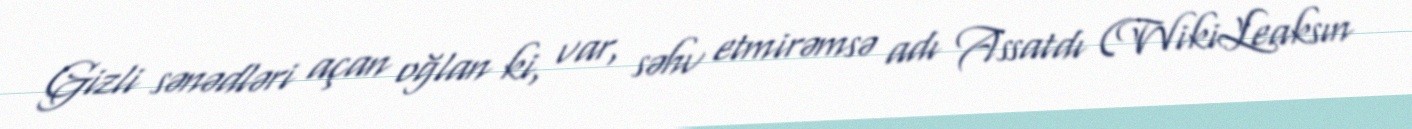
Gizli sənədləri açan oğlan ki, var, səhv etmirəmsə adı Assatdı (WikiLeaksın